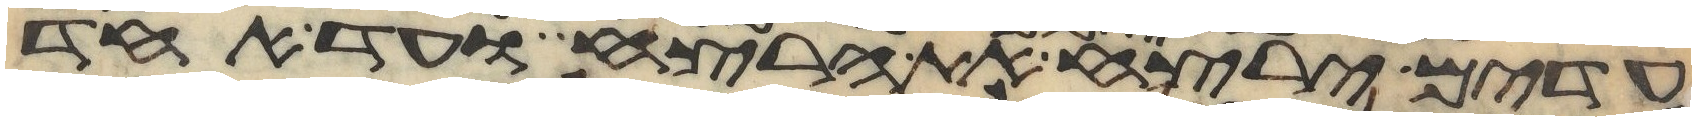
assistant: עדים ירצח את הרצח ועד אחד